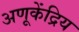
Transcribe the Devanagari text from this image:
अणूकेंद्रिय